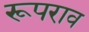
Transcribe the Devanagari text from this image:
रूपराव